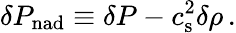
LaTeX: \delta P_{\mathrm{nad}}\equiv\delta P-c_{\mathrm{s}}^{2}\delta\rho\, .